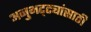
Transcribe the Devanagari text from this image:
अनुभट्ट्यांसाठी